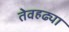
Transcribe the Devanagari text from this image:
तेवहढ्या